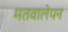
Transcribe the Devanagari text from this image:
मतवालेपन